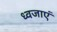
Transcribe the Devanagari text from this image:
ध्वजाएं